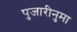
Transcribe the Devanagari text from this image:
पुजारीनुमा